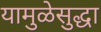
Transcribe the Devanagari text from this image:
यामुळेसुद्धा